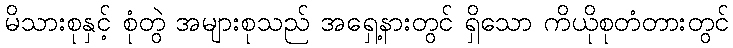
မိသားစုနှင့် စုံတွဲ အများစုသည် အရှေ့နားတွင် ရှိသော ကိယိုစုတံတားတွင်